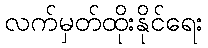
လက်မှတ်ထိုးနိုင်ရေး